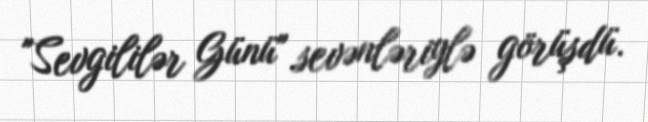
"Sevgililər Günü" sevənləriylə görüşdü.